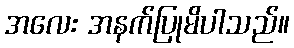
အလေး အနက်ပြုမိပါသည်။